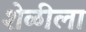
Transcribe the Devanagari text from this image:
शेळीला